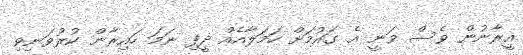
އީރާނުން ވެސް ވަނީ އެ ގައުމަށް ހަމަލާއެއް ދީފި ނަމަ ހައިރާން ކުރުވަނިވި